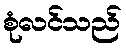
စုံလင်သည်